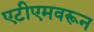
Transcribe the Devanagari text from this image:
एटीएमवरून